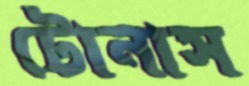
টোনাস